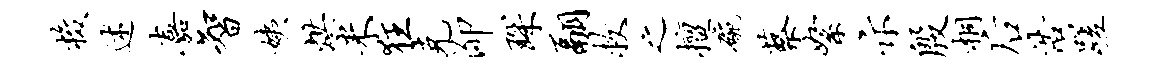
梭述嘉智姨烘米狂克泖琛翮救之擅碗蔡絮示殷桐後浩蹉